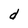
Character: d